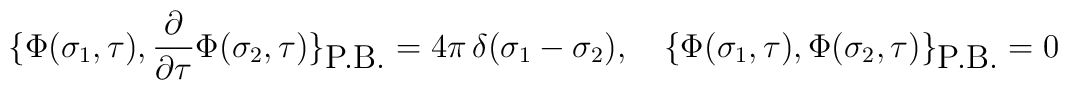
\bigl \{\Phi(\sigma_1, \tau),{\partial\over \partial \tau}  \Phi(\sigma_2, \tau) \bigr\}_{\hbox{P.B.}}=4\pi \,  \delta(\sigma_1-\sigma_2),\quad\bigl \{\Phi(\sigma_1, \tau),\Phi(\sigma_2, \tau) \bigr\}_{\hbox{P.B.}}= 0